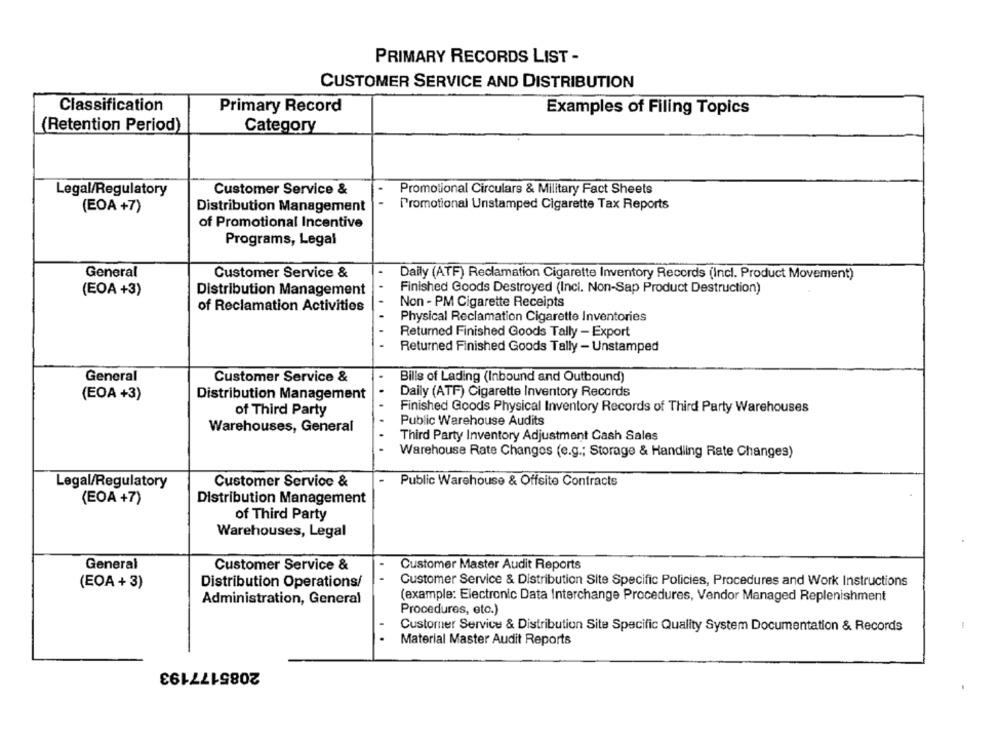
PRIMARY RECORDS LIST -
CUSTOMER SERVICE AND DISTRIBUTION
Classification
Primary Record
Examples of Filing Topics
(Retention Period)
Category
Legal/Regulatory
Customer Service &
Promotional Circulars & Military Fact Sheets
Promotional Unstamped Cigarette Tax Reports
(EOA +7)
Distribution Management
of Promotional Incentive
Programs, Legal
General
Customer Service &
Daily (ATF) Reclamation Cigarette Inventory Records (Incl. Product Movement)
Finished Goods Destroyed (Incl. Non-Sap Product Destruction)
(EOA +3)
Distribution Management
Non - PM Cigarette Receipts
of Reclamation Activities
Physical Reclamation Cigarette Inventories
Returned Finished Goods Tally - Export
Returned Finished Goods Tally - Unstamped
General
Customer Service &
Bills of Lading (Inbound and Outbound)
Daily (ATF) Cigarette Inventory Records
(EOA +3)
Distribution Management
Finished Goods Physical Inventory Records of Third Party Warehouses
of Third Party
Public Warehouse Audits
Warehouses, General
. .
Third Party Inventory Adjustment Cash Sales
Warehouse Rate Changes (e.g .; Storage & Handling Rate Changes)
Customer Service &
Public Warehouse & Offsite Contracts
Legal/Regulatory
(EOA +7)
Distribution Management
of Third Party
Warehouses, Legal
General
Customer Service &
Customer Master Audit Reports
(EOA + 3)
Distribution Operations/
Customer Service & Distribution Site Specific Policies, Procedures and Work Instructions
Administration, General
(example: Electronic Data Interchange Procedures, Vendor Managed Replenishment
Procedures, etc.)
Customer Service & Distribution Site Specific Quality System Documentation & Records
Material Master Audit Reports
2085177193